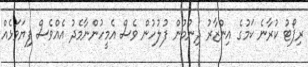
ރިޕޯޓު ކުރާނެ ކަމުގެ އިންޒާރު ދިނުމުން ފުލުހުން ވެސް އެމީހުންނާމެދު އެއްވެސް ފިޔަވަޅެއް